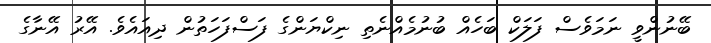
ބޭނުންވީ ނަމަވެސް ފަލަކް ބަހެއް ބުނުމެއްނެތި ނިކްޔަންގެ ފަސްފަހަތުން ދިއައެވެ. އޭރު އޭނާގެ